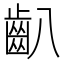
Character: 𪗔